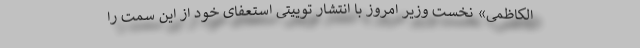
الکاظمی» نخست وزیر امروز با انتشار توییتی استعفای خود از این سمت را